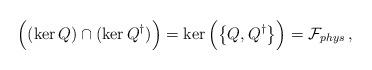
LaTeX: \begin{align*}\Big( ( \ker Q )\cap (\ker Q^{\dagger}) \Big)=\ker \Big( \big\{ Q, Q^{\dagger} \big\} \Big)=\mathcal{F}_{phys}\, ,\end{align*}